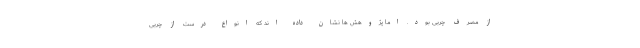
از مصرف چربی بود. اما پژوهش ها نشان داده اند که انواع درست از چربی